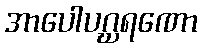
အာပေါပဂ္ဃရဏော